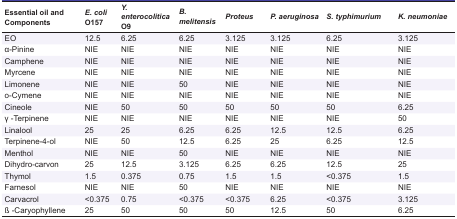
<table><thead><tr><td><b>Essential oil andComponents</b></td><td><b><i>E. coli</i>O157</b></td><td><b><i>Y. enterocolitica </i>O9</b></td><td><b><i>B. melitensis</i></b></td><td><b><i>Proteus</i></b></td><td><b><i>P. aeruginosa</i></b></td><td><b><i>S. typhimurium</i></b></td><td><b><i>K. neumoniae</i></b></td></tr></thead><tbody><tr><td>EO</td><td>12.5</td><td>6.25</td><td>6.25</td><td>3.125</td><td>3.125</td><td>6.25</td><td>3.125</td></tr><tr><td>α-Pinine</td><td>NIE</td><td>NIE</td><td>NIE</td><td>NIE</td><td>NIE</td><td>NIE</td><td>NIE</td></tr><tr><td>Camphene</td><td>NIE</td><td>NIE</td><td>NIE</td><td>NIE</td><td>NIE</td><td>NIE</td><td>NIE</td></tr><tr><td>Myrcene</td><td>NIE</td><td>NIE</td><td>NIE</td><td>NIE</td><td>NIE</td><td>NIE</td><td>NIE</td></tr><tr><td>Limonene</td><td>NIE</td><td>NIE</td><td>50</td><td>NIE</td><td>NIE</td><td>NIE</td><td>NIE</td></tr><tr><td>o-Cymene</td><td>NIE</td><td>NIE</td><td>NIE</td><td>NIE</td><td>NIE</td><td>NIE</td><td>NIE</td></tr><tr><td>Cineole</td><td>NIE</td><td>50</td><td>50</td><td>50</td><td>50</td><td>50</td><td>6.25</td></tr><tr><td>γ -Terpinene</td><td>NIE</td><td>NIE</td><td>NIE</td><td>NIE</td><td>NIE</td><td>NIE</td><td>50</td></tr><tr><td>Linalool</td><td>25</td><td>25</td><td>6.25</td><td>6.25</td><td>12.5</td><td>12.5</td><td>6.25</td></tr><tr><td>Terpinene-4-ol</td><td>NIE</td><td>50</td><td>12.5</td><td>6.25</td><td>25</td><td>6.25</td><td>12.5</td></tr><tr><td>Menthol</td><td>NIE</td><td>NIE</td><td>50</td><td>NIE</td><td>NIE</td><td>NIE</td><td>NIE</td></tr><tr><td>Dihydro-carvon</td><td>25</td><td>12.5</td><td>3.125</td><td>6.25</td><td>6.25</td><td>12.5</td><td>25</td></tr><tr><td>Thymol</td><td>1.5</td><td>0.375</td><td>0.75</td><td>1.5</td><td>1.5</td><td>&lt;0.375</td><td>1.5</td></tr><tr><td>Farnesol</td><td>NIE</td><td>NIE</td><td>50</td><td>NIE</td><td>NIE</td><td>NIE</td><td>NIE</td></tr><tr><td>Carvacrol</td><td>&lt;0.375</td><td>0.75</td><td>&lt;0.375</td><td>&lt;0.375</td><td>6.25</td><td>&lt;0.375</td><td>3.125</td></tr><tr><td>ß -Caryophyllene</td><td>25</td><td>50</td><td>50</td><td>50</td><td>12.5</td><td>50</td><td>6.25</td></tr></tbody></table>